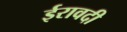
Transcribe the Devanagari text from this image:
ईरावदी